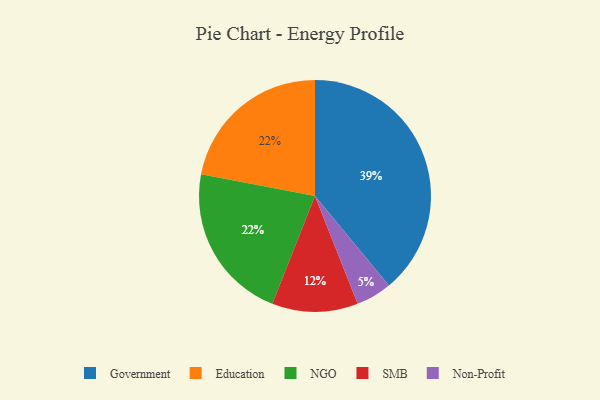
{"axis": {"x": "Category", "y": "Percentage"}, "legend": ["Education", "Government", "NGO", "Non-Profit", "SMB"], "data": [{"x": "Non-Profit", "y": 5, "type": "Non-Profit"}, {"x": "Education", "y": 22, "type": "Education"}, {"x": "Government", "y": 39, "type": "Government"}, {"x": "SMB", "y": 12, "type": "SMB"}, {"x": "NGO", "y": 22, "type": "NGO"}]}